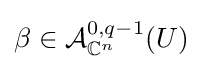
\beta \in {\mathcal {A}}_{\mathbb {C} ^{n}}^{0,q-1}(U)